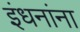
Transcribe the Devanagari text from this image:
इंधनांना